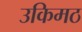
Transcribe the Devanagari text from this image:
उकिमठ